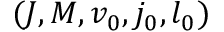
( J , M , v _ { 0 } , j _ { 0 } , l _ { 0 } )